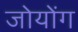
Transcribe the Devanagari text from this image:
जोयोंग